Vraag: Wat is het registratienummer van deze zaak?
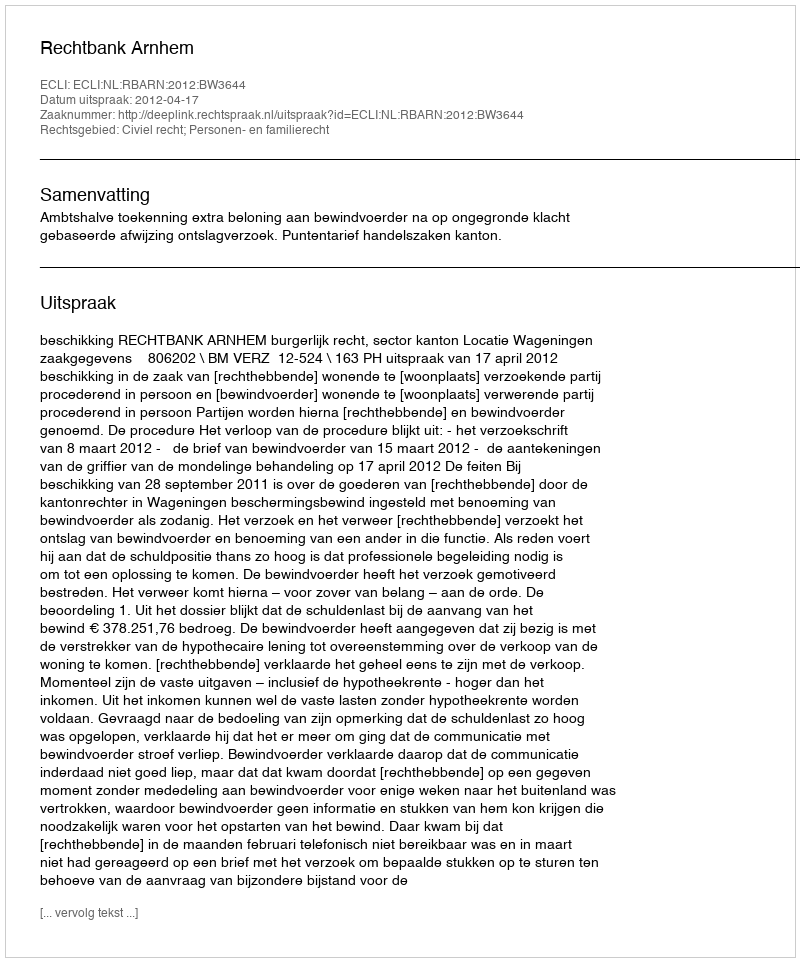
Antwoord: http://deeplink.rechtspraak.nl/uitspraak?id=ECLI:NL:RBARN:2012:BW3644